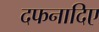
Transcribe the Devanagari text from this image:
दफनादिए